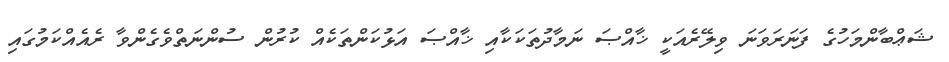
ޝަޢްބާންމަހުގެ ފަނަރަވަނަ ވިލޭރެއަކީ ޚާއްޞަ ނަމާދުތަކަކާއި ޚާއްޞަ އަޅުކަންތަކެއް ކުރުން ސުންނަތްވެގެންވާ ރެއެއްކަމުގައި